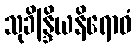
သုခိန္ဒြိယနိရောဓံ